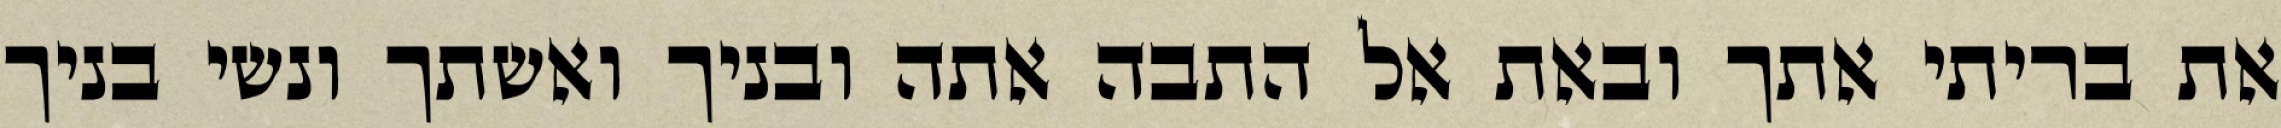
את בריתי אתך ובאת אל התבה אתה ובניך ואשתך ונשי בניך